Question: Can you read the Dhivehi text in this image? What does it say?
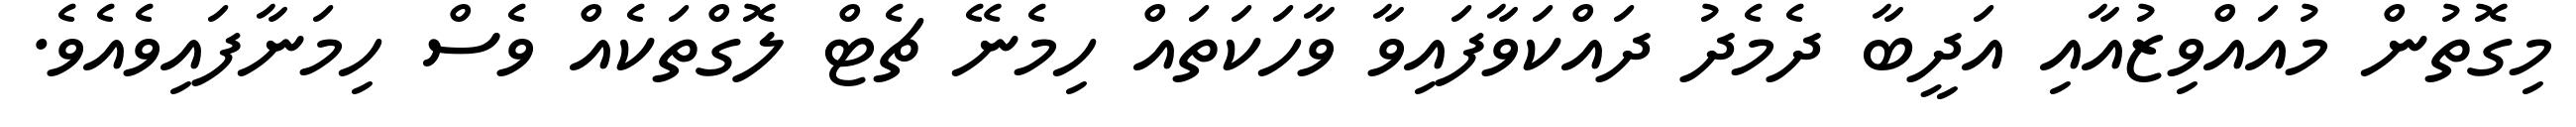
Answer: މިގޮތުން މުއައްވިޒުއާއި އަދީބާ ދެމެދު ދައްކަވާފައިވާ ވާހަކަތައް ހިމެނޭ ޗެޓް ލޮގްތަކެއް ވެސް ހިމަނާފައިވެއެވެ.